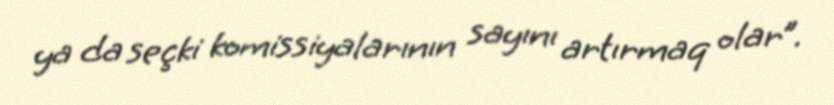
ya da seçki komissiyalarının sayını artırmaq olar”.